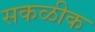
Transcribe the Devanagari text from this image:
सकळीक